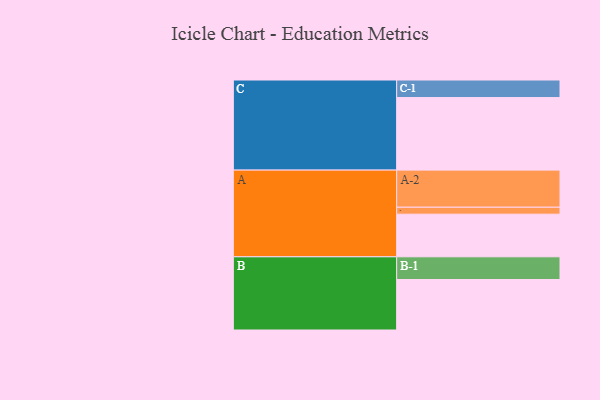
{"axis": {"x": "Segment", "y": "Value"}, "legend": ["", "A", "B", "C"], "data": [{"x": "A", "y": 325, "type": ""}, {"x": "B", "y": 385, "type": ""}, {"x": "C", "y": 553, "type": ""}, {"x": "A-1", "y": 53, "type": "A"}, {"x": "A-2", "y": 283, "type": "A"}, {"x": "B-1", "y": 173, "type": "B"}, {"x": "C-1", "y": 134, "type": "C"}]}